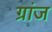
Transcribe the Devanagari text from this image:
ग्रांज